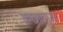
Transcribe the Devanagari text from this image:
कछारगुञ